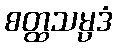
စတ္ထသမ္ပဒံ